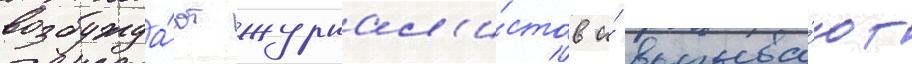
возбужда́ют журнал'и́стов и́ вызыва́ют